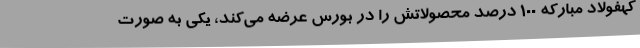
کهفولاد مبارکه 100 درصد محصولاتش را در بورس عرضه می‌کند، یکی به صورت